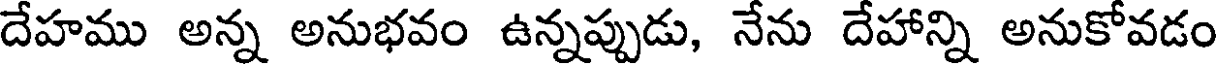
దేహము అన్న అనుభవం ఉన్నప్పుడు, నేను దేహాన్ని అనుకోవడం